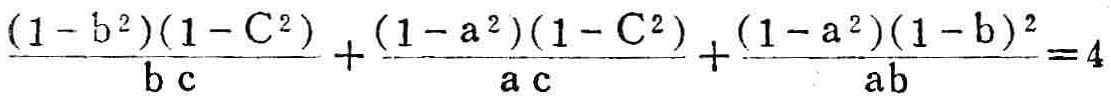
\(\frac{(1 - b^{2})(1 - C^{2})}{bc}+\frac{(1 - a^{2})(1 - C^{2})}{ac}+\frac{(1 - a^{2})(1 - b)^{2}}{ab}=4\)